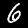
Digit: 6